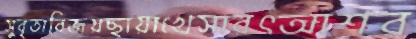
সুবৃতাবিজয়ছায়াখেসারৎআশর